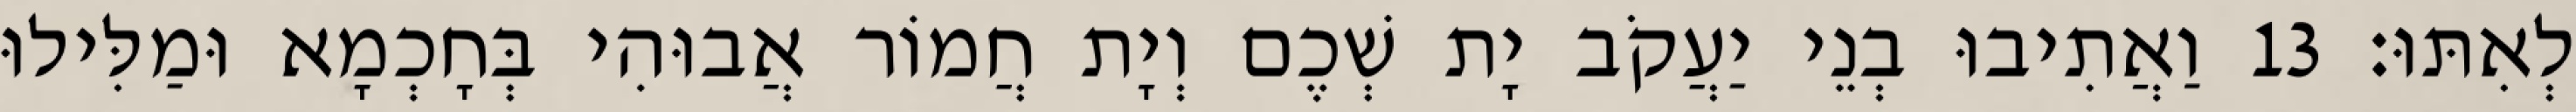
לְאִתּוּ׃ 13 וַאֲתִיבוּ בְנֵי יַעֲקֹב יָת שְׁכֶם וְיָת חֲמוֹר אֲבוּהִי בְּחָכְמָא וּמַלִּילוּ